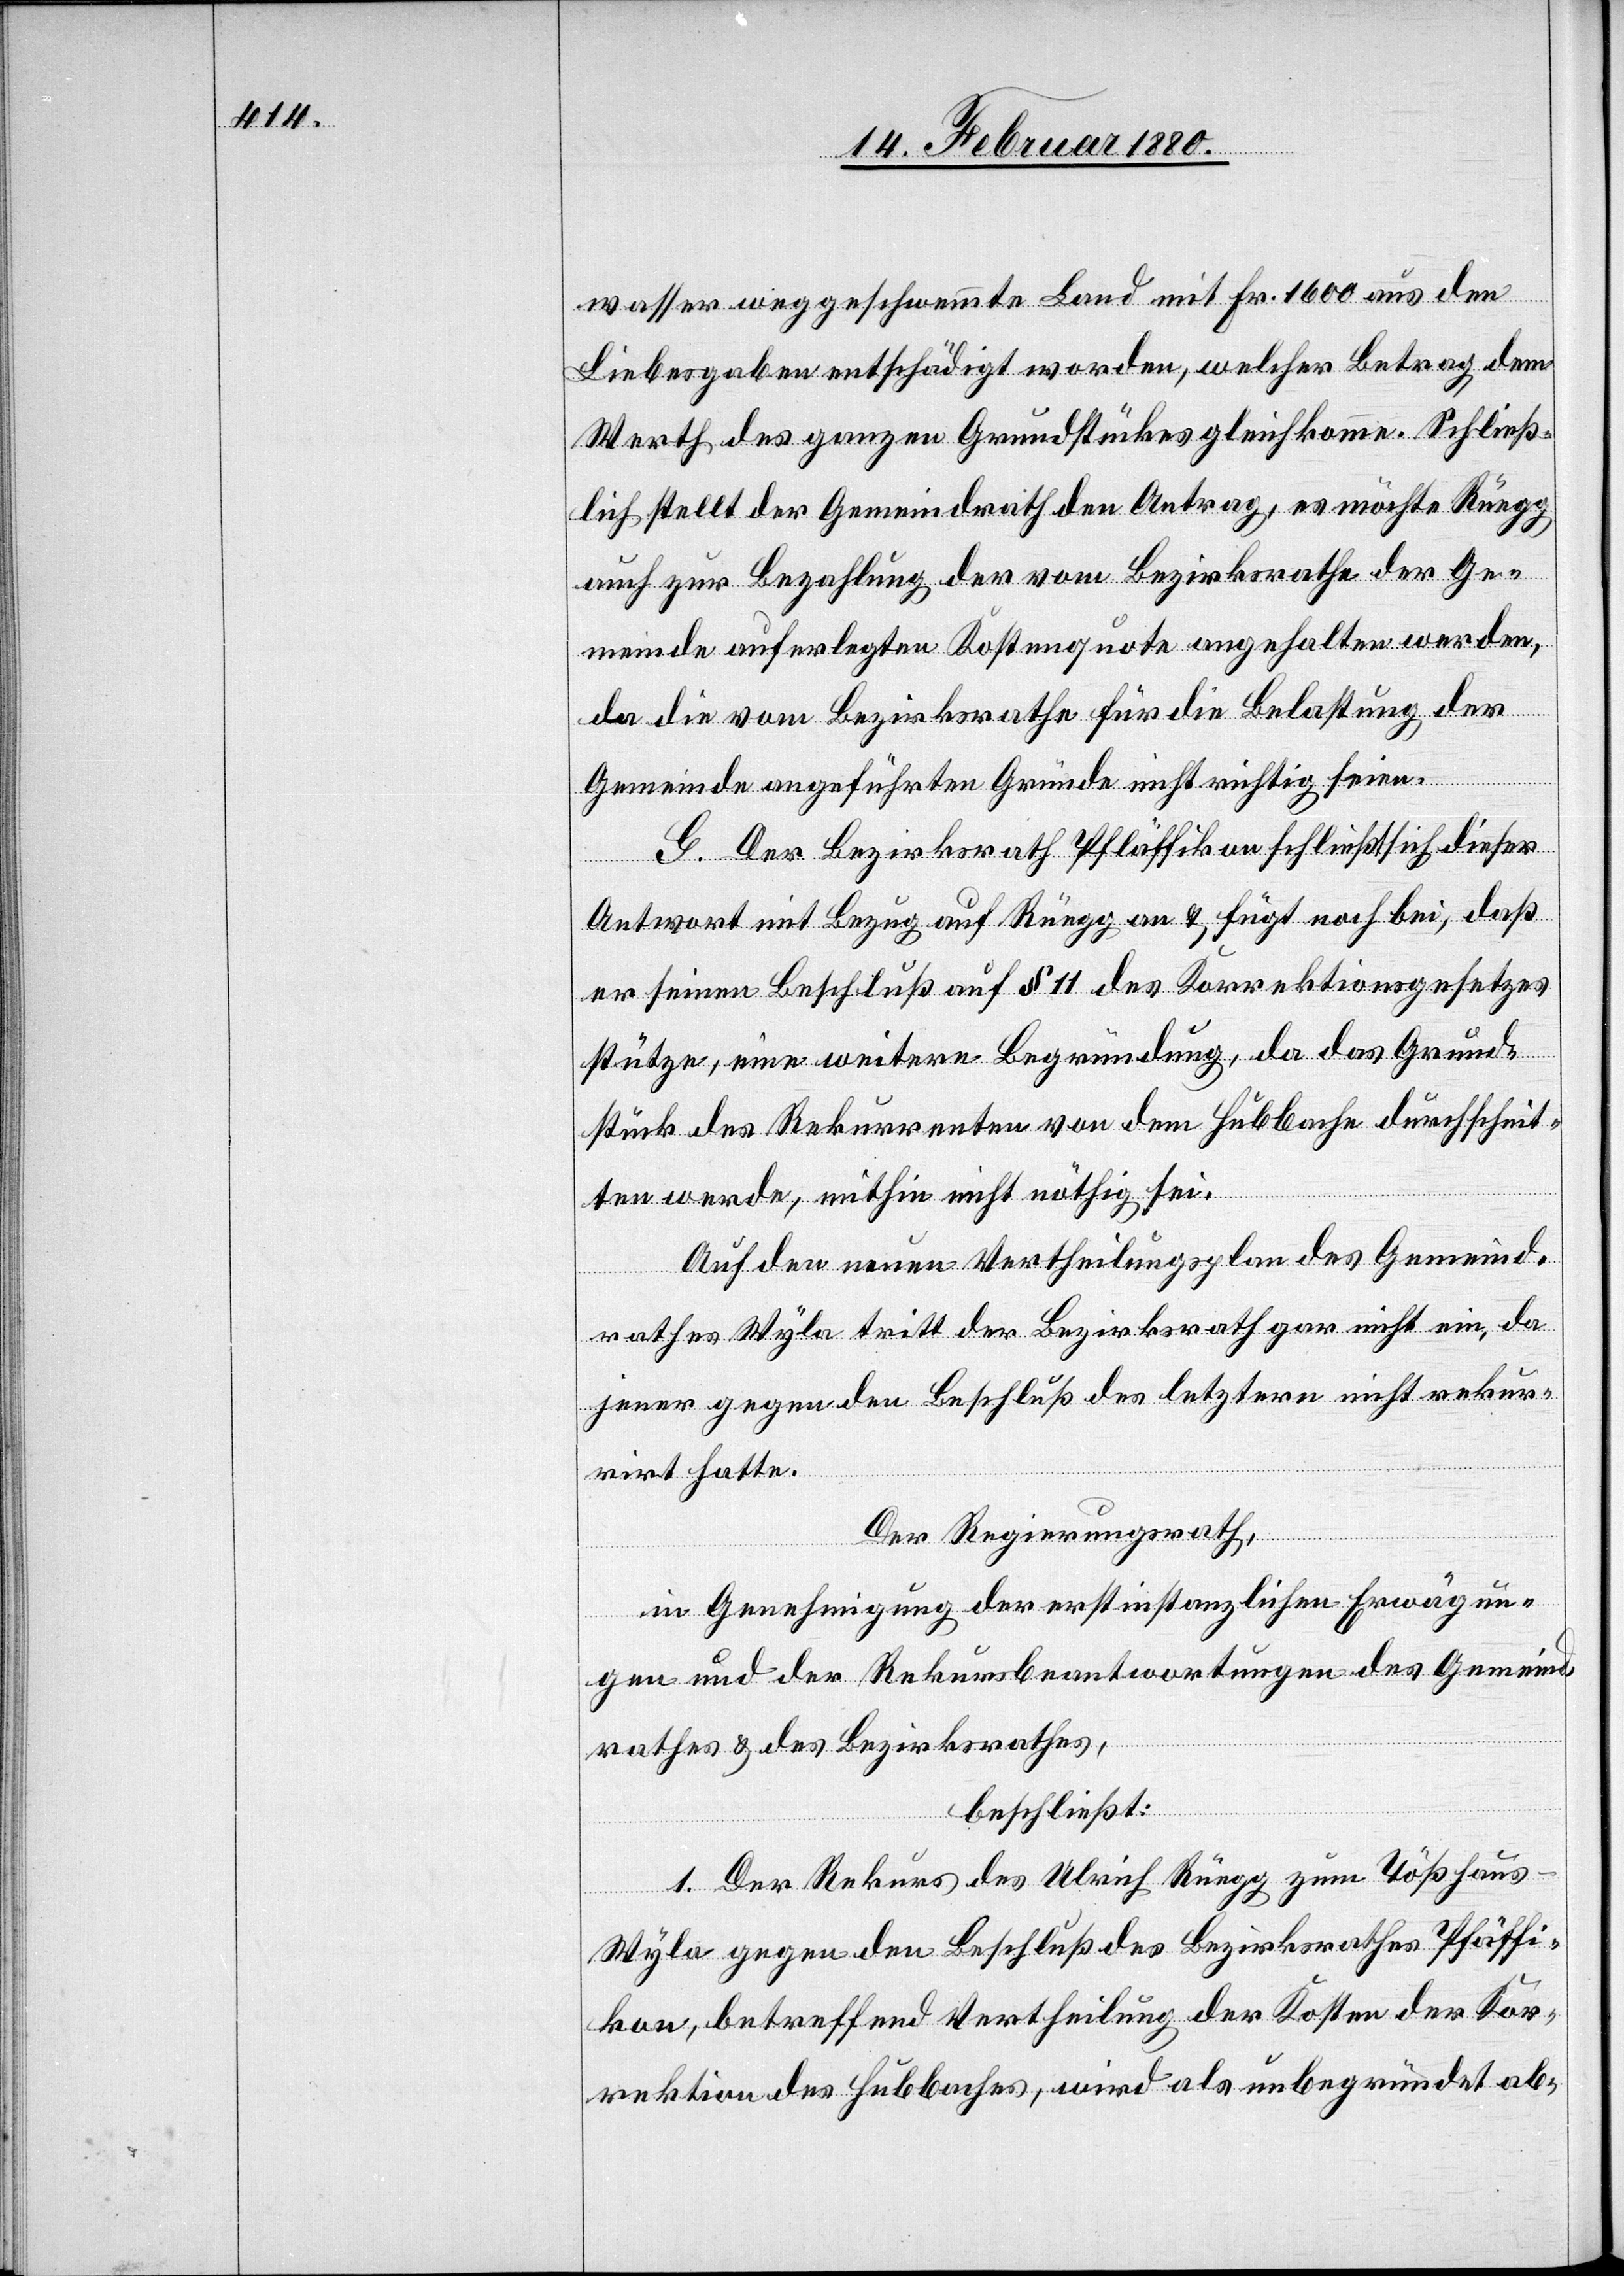
wasser weggeschwemmte Land mit Fr. 1600 aus den
Liebesgaben entschädigt worden, welcher Betrag dem
Werth des ganzen Grundstückes gleichkomme. Schließ¬
lich stellt der Gemeindrath den Antrag, es möchte Rüegg
auch zur Bezahlung der vom Bezirksrathe der Ge¬
meinde auferlegten Kostenquote angehalten werden,
da die vom Bezirksrathe für die Belastung der
Gemeinde angeführten Gründe nicht richtig seien.
G. Der Bezirksrath Pfäffikon schließt sich dieser
Antwort mit Bezug auf Rüegg an & fügt noch bei, daß
er seinen Beschluß auf § 11 des Korrektionsgesetzes
stütze, eine weitere Begründung, da das Grund¬
stück des Rekurrenten von dem Hubbache durchschnit¬
ten werde, mithin nicht nöthig sei.
Auf den neuen Vertheilungsplan des Gemeind¬
rathes Wyla tritt der Bezirksrath nicht ein, da
jener gegen den Beschluß des letztern nicht rekur¬
rirt habe.
Der Regierungsrath,
in Genehmigung der erstinstanzlichen Erwägun¬
gen und der Rekursbeantwortungen des Gemeind¬
rathes & des Bezirksrathes,
beschließt:
1. Der Rekurs des Ulrich Rüegg zum Tößhaus
Wyla gegen den Beschluß des Bezirksrathes Pfäffi¬
kon, betreffend Vertheilung der Kosten der Kor¬
rektion des Hubbaches, wird als unbegründet ab-